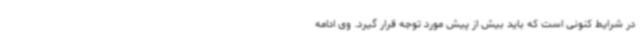
در شرایط کنونی است که باید بیش از پیش مورد توجه قرار گیرد. وی ادامه